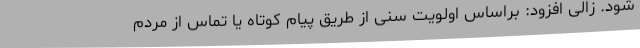
شود. زالی افزود: براساس اولویت سنی از طریق پیام کوتاه یا تماس از مردم